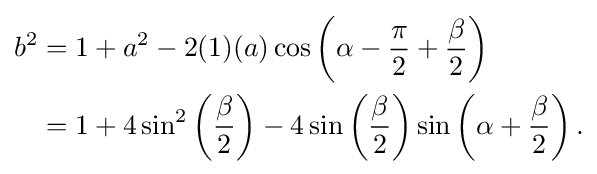
{\begin{aligned}b^{2}&=1+a^{2}-2(1)(a)\cos \left(\alpha -{\frac {\pi }{2}}+{\frac {\beta }{2}}\right)\\&=1+4\sin ^{2}\left({\frac {\beta }{2}}\right)-4\sin \left({\frac {\beta }{2}}\right)\sin \left(\alpha +{\frac {\beta }{2}}\right).\\\end{aligned}}